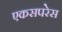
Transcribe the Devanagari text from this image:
एकसपरेस